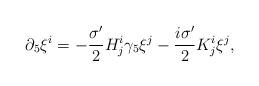
LaTeX: \begin{align*}\partial_5 \xi^i = -\frac{\sigma'}{2} H^i_j \gamma_5\xi^j -\frac{i\sigma'}{2} K^i_j \xi^j,\end{align*}